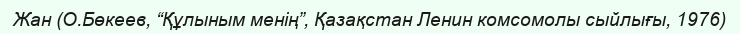
Жан (О.Бөкеев, “Құлыным менің”, Қазақстан Ленин комсомолы сыйлығы, 1976)